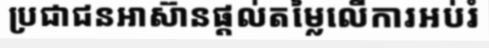
ប្រជាជនអាស៊ានផ្តល់តម្លៃលើការអប់រំ